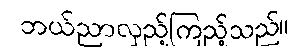
ဘယ်ညာလှည့်ကြည့်သည်။